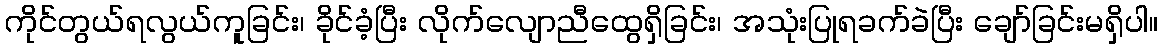
ကိုင်တွယ်ရလွယ်ကူခြင်း၊ ခိုင်ခံ့ပြီး လိုက်လျောညီထွေရှိခြင်း၊ အသုံးပြုရခက်ခဲပြီး ချော်ခြင်းမရှိပါ။